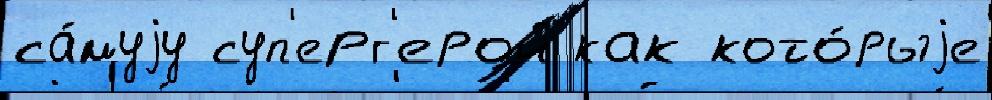
са́муjу суп'ерг'ерой как кото́рыjе